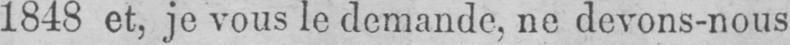
1848 et, je vous le demande, ne devons-nous